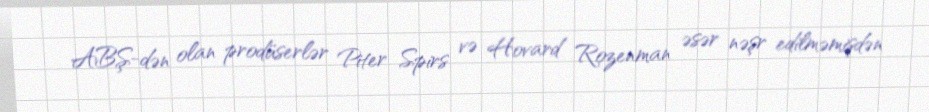
ABŞ-dən olan prodüserlər Piter Spirs və Hovard Rozenman əsər nəşr edilməmişdən